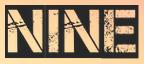
NINE